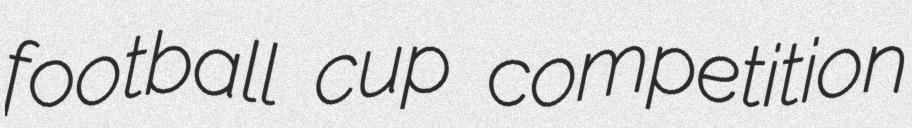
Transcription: football cup competition